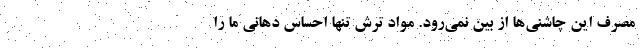
مصرف این چاشنی‌ها از بین نمی‌رود. مواد ترش تنها احساس دهانی ما را